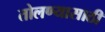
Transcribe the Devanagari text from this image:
तोलण्यासाठी